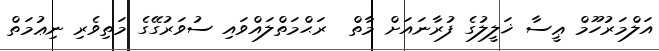
އަލްމަރުހޫމް ޢީސާ ޚަލީލުގެ ފުރާނައަށް މާތް  ރަޙްމަތްލައްވައި ސުވަރުގޭގެ މަތިވެރި ނިޢުމަތް